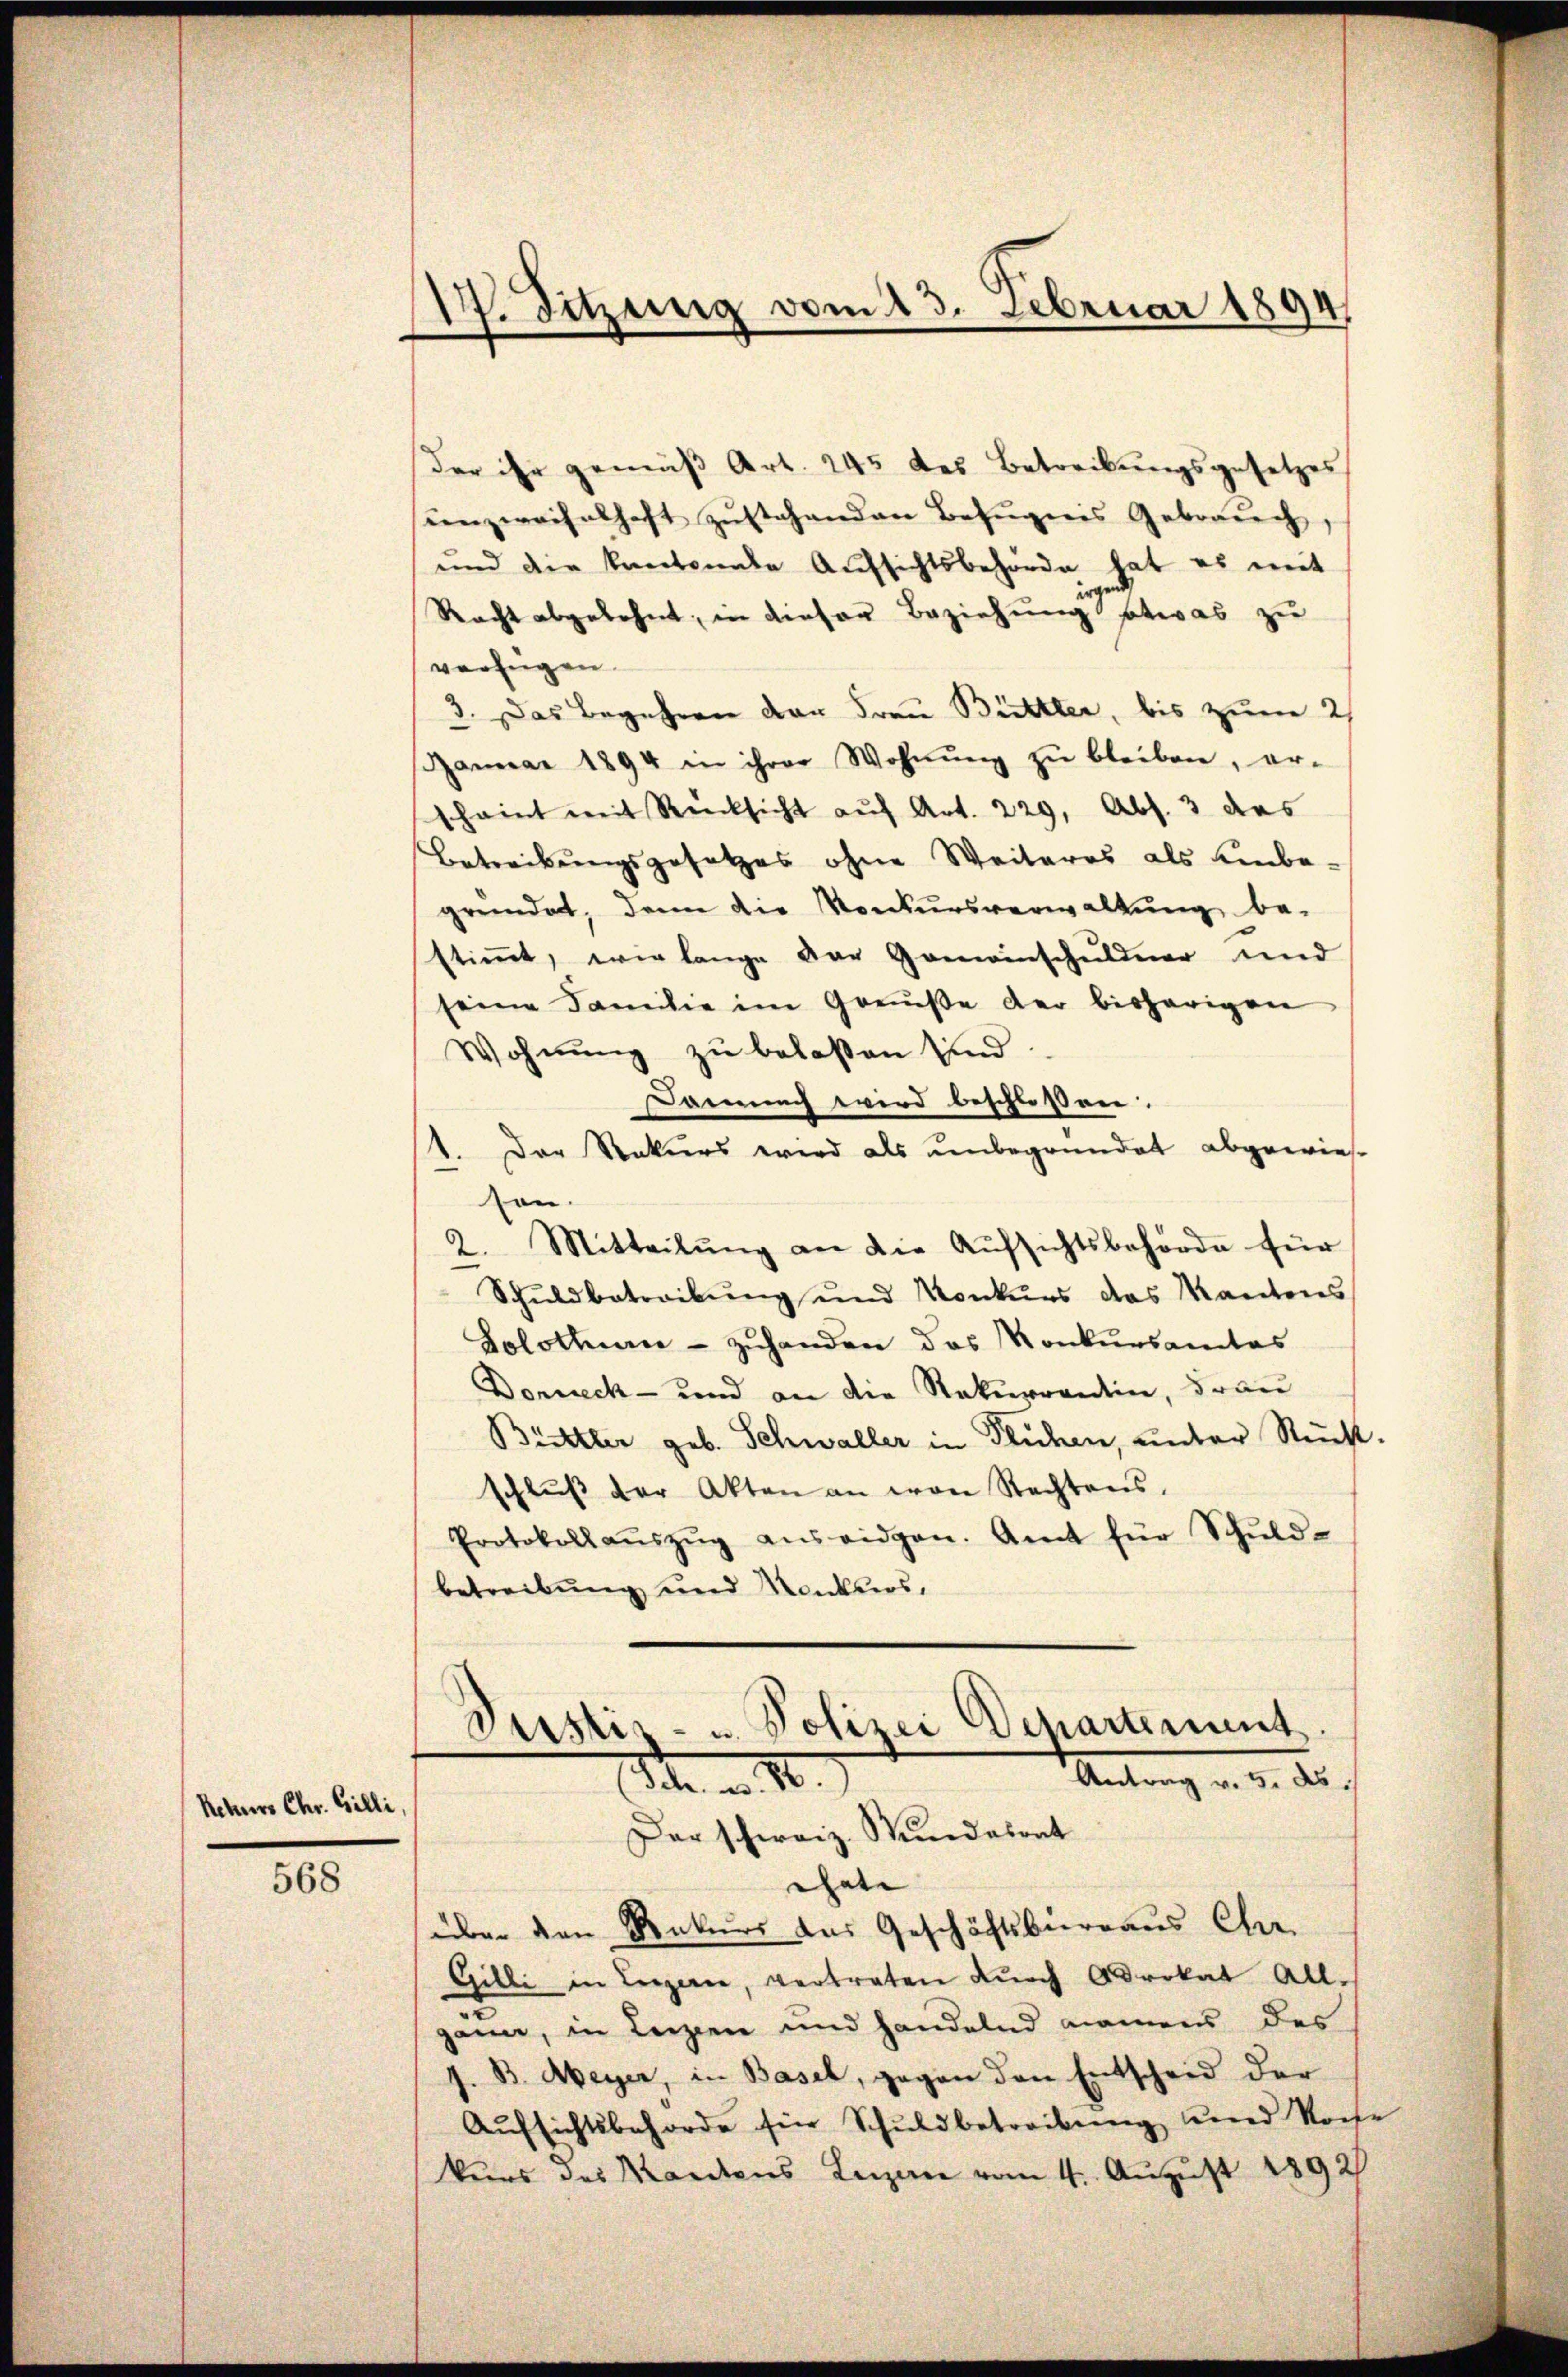
Rekurs Chr. Gilli

568

1. Sitzung vom 23. Februar 1894

der ihr gemäβ Art. 245 des Betreibŭngsgesetzes
unzweifelhaft zustehenden Befugnis Gebrauch,
und die Kantonale Aufsichtsbehörde hat es mit
irgend
Recht abgelehnt, in dieser Beziehung etwas zu
verfügen.
3. Das Begehren der Frau Bütler, bis zum 2/
Januar 1894 in ihrer Wohnŭng zŭ bleiben, er-
scheint mit Rücksicht auf Art. 229, Abs. 3 das
Betreibungsgesetzes ohne Weiteres als einbegründet, dann die Konkursverwaltung be-
stimmt, wie lange der Gemeinschuldner und
seine Familie im Genuße der bisherigen
Wohnung zu belaßen sind.
Damnach wird beschlossen.
1. Der Rekurs wird als unbegründet abgewie-
son.
2. Mitteilŭng an die Aŭfsichtsbehörde für
Schuldbetreibung und Konkurs das Kantons
Solothurn - zuhanden das Konkursamtes
Donneck- und an die Rekurrentin, Frau
Büettler geb. Schwaller in Flüchen, unter Recht
schlŭβ der Akten an von Rechtens.
Protokoll aŭszŭg aŭsridgen. Amt für Schŭld-
betreibung und Konkurs,
Justiz- u. Polizei Departement
Antrag v. 5. ds.
S. m. 10.
Der schweiz. Stundesrat
ehnte |
über den Rekurs das Geschäftsbureaus Chr.
Gilli in Leigerne, vertreten durch Advokat All-
gann, in Leizien und handelnd manne des
J. B. Meyer, in Basel, gegen den Entscheid der
Aŭfsichtsbehörde für Schuldbetreibung und Noch
kurs des Kantons Luzern vom 4. August 1892

e